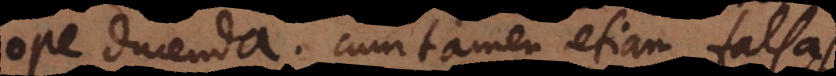
ope ducenda; cum tamen etiam falsas